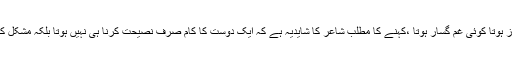
کوئی چارہ ساز ہوتا،کوئی غم گسار ہوتا”کوئی چارہ ساز ہوتا کوئی غم گسار ہوتا ،کہنے کا مطلب شاعر کا شایدیہ ہے کہ ایک دوست کا کام صرف نصیحت کرنا ہی نہیں ہوتا بلکہ مشکل کے وقت دوست چارہ ساز ہونا یا غم گسار ہونا ہوتا ہے۔